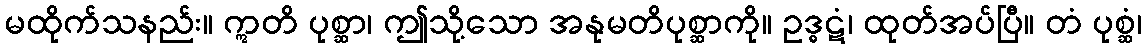
မထိုက်သနည်း။ ဣတိ ပုစ္ဆာ၊ ဤသို့သော အနုမတိပုစ္ဆာကို။ ဥဒ္ဓဋံ၊ ထုတ်အပ်ပြီ။ တံ ပုစ္ဆံ၊